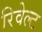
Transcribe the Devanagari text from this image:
रिवेल्ट